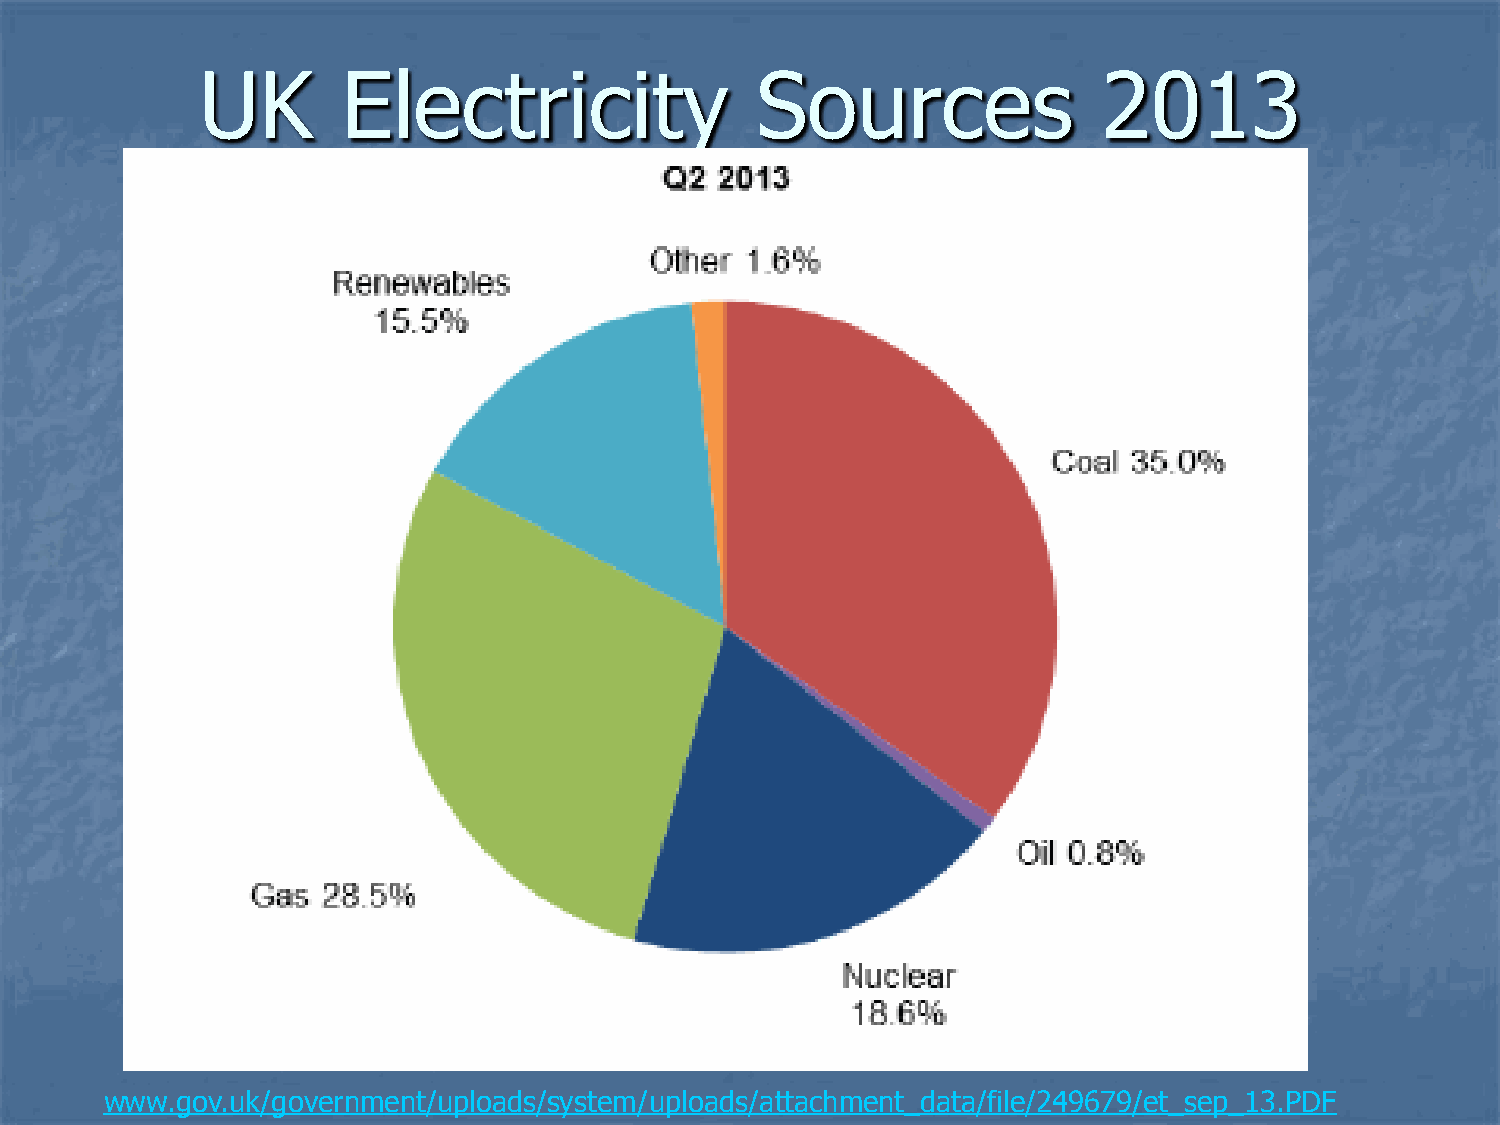
UK        Electricity                Sources                2013
 www.gov.uk/government/uploads/system/uploads/attachment_data/file/249679/et_sep_13.PDF